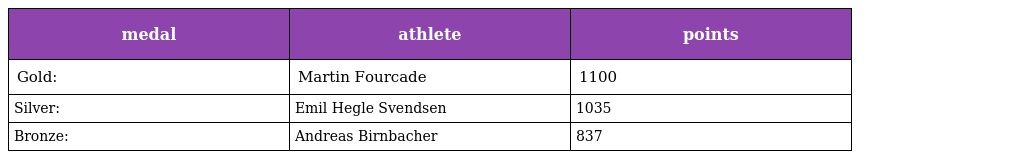
| medal | athlete | points |
 | --- | --- | --- |
 | Gold: | Martin Fourcade | 1100 |
 | Silver: | Emil Hegle Svendsen | 1035 |
 | Bronze: | Andreas Birnbacher | 837 |